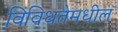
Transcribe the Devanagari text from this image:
विविधतेमधील